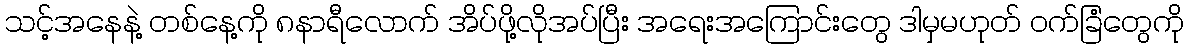
သင့်အနေနဲ့ တစ်နေ့ကို ၈နာရီလောက် အိပ်ဖို့လိုအပ်ပြီး အရေးအကြောင်းတွေ ဒါမှမဟုတ် ဝက်ခြံတွေကို